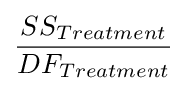
{\frac {SS_{Treatment}}{DF_{Treatment}}}